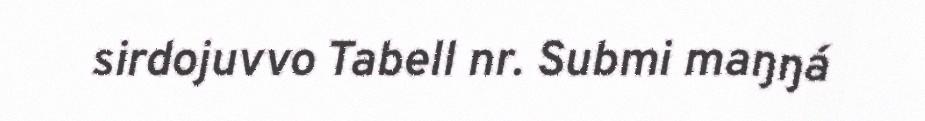
sirdojuvvo Tabell nr. Submi maŋŋá